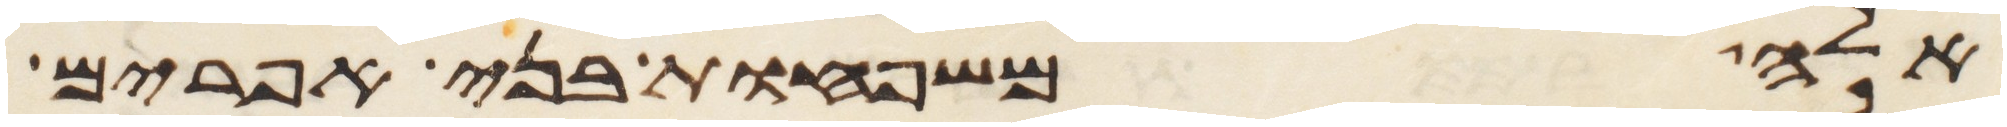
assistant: אלה משפחות בני אפרים